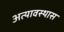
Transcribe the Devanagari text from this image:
अत्यावस्थास